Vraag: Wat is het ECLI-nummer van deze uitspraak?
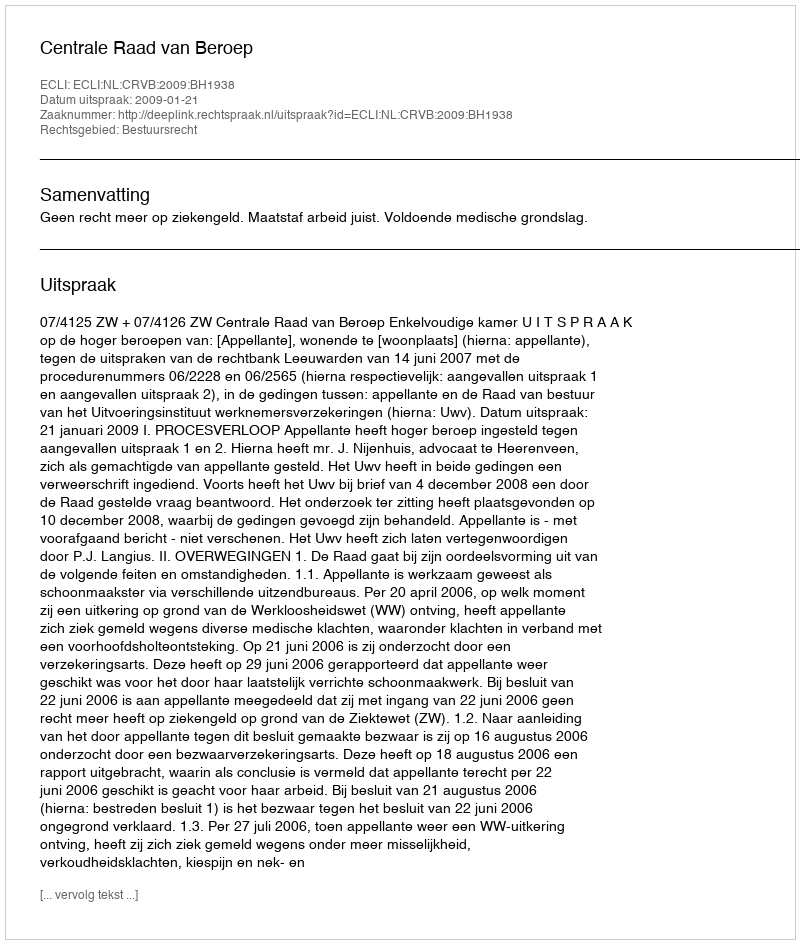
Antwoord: ECLI:NL:CRVB:2009:BH1938